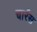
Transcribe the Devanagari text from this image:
चार्रस